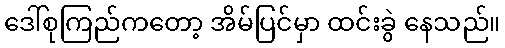
ဒေါ်စုကြည်ကတော့ အိမ်ပြင်မှာ ထင်းခွဲ နေသည်။